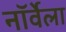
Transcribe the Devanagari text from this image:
नॉर्वेला